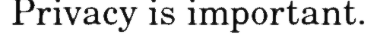
Privacy is important.